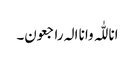
انا للّٰہ وانا الہ راجعون۔